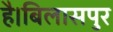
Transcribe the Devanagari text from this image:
है।बिलासपुर